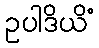
ဥပါဒိယိံ